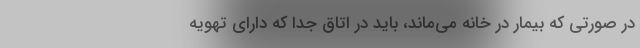
در صورتی که بیمار در خانه می‌ماند، باید در اتاق جدا که دارای تهویه